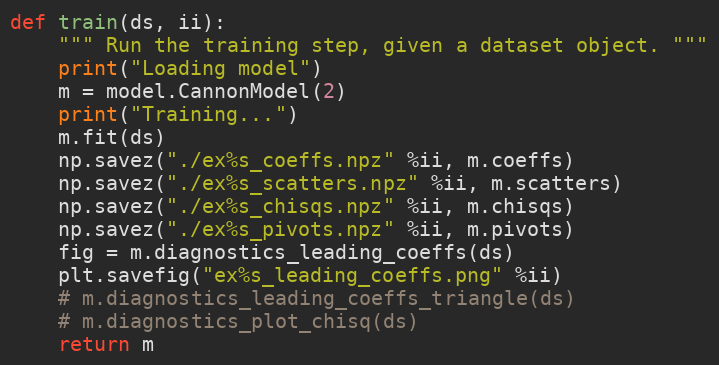
Language: Python
def train(ds, ii):
    """ Run the training step, given a dataset object. """
    print("Loading model")
    m = model.CannonModel(2)
    print("Training...")
    m.fit(ds)
    np.savez("./ex%s_coeffs.npz" %ii, m.coeffs)
    np.savez("./ex%s_scatters.npz" %ii, m.scatters)
    np.savez("./ex%s_chisqs.npz" %ii, m.chisqs)
    np.savez("./ex%s_pivots.npz" %ii, m.pivots)
    fig = m.diagnostics_leading_coeffs(ds)
    plt.savefig("ex%s_leading_coeffs.png" %ii)
    # m.diagnostics_leading_coeffs_triangle(ds)
    # m.diagnostics_plot_chisq(ds)
    return m